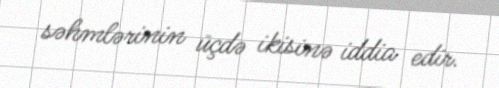
səhmlərinin üçdə ikisinə iddia edir.